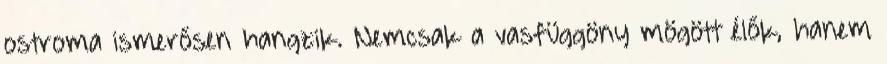
ostroma ismerősen hangzik. Nemcsak a vasfüggöny mögött élők, hanem